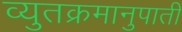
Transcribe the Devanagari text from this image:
व्युतक्रमानुपाती